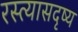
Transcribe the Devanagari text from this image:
रस्त्यासदृष्य